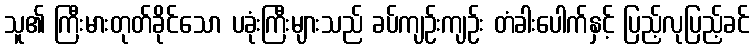
သူ၏ ကြီးမားတုတ်ခိုင်သော ပခုံးကြီးများသည် ခပ်ကျဉ်းကျဉ်း တံခါးပေါက်နှင့် ပြည့်လုပြည့်ခင်